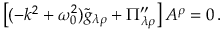
\left[ ( - k ^ { 2 } + \omega _ { 0 } ^ { 2 } ) \widetilde g _ { \lambda \rho } + \Pi _ { \lambda \rho } ^ { \prime \prime } \right] A ^ { \rho } = 0 \, .